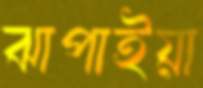
ঝাপাইয়া